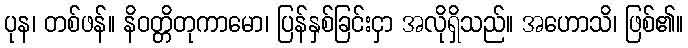
ပုန၊ တစ်ဖန်။ နိဝတ္တိတုကာမော၊ ပြန်နှစ်ခြင်းငှာ အလိုရှိသည်။ အဟောသိ၊ ဖြစ်၏။